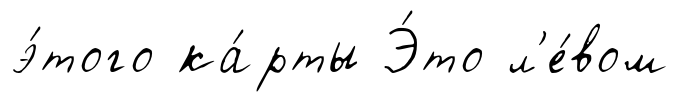
э́того ка́рты Э́то л'е́вом